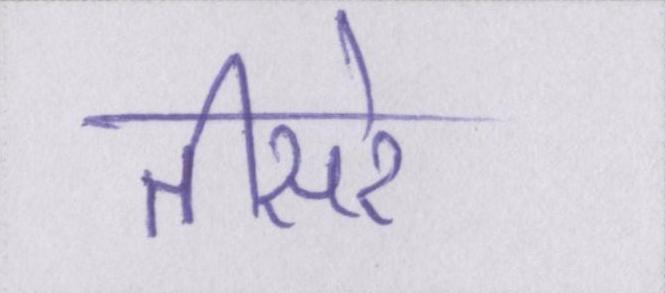
तीसरे